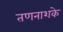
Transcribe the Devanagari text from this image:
तणनाशके